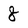
Character: 8